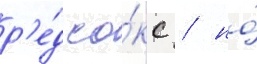
р'е́д со́кс / но́